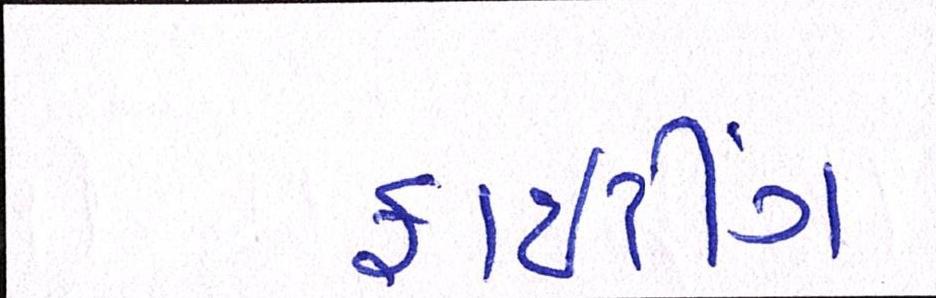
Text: ફાઈટીંગ